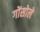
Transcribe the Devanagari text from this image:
गोंसोले